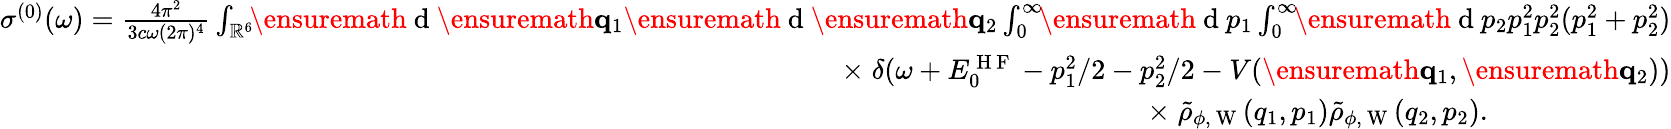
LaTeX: \begin{array}{r}{\sigma^{(0)}(\omega)=\frac{4\pi^{2}}{3c\omega(2\pi)^{4}}\int_{\mathbb{R}^{6}}\! \! \ensuremath{\mathrm{~d~}}\ensuremath{\mathbf{q}}_{1}\ensuremath{\mathrm{~d~}}\ensuremath{\mathbf{q}}_{2}\int_{0}^{\infty}\! \! \ensuremath{\mathrm{~d~}}p_{1}\int_{0}^{\infty}\! \! \ensuremath{\mathrm{~d~}}p_{2}p_{1}^{2}p_{2}^{2}(p_{1}^{2}+p_{2}^{2})}\\ {\times\; \delta(\omega+E_{0}^{\mathrm{~H~F~}}-p_{1}^{2}/2-p_{2}^{2}/2-V(\ensuremath{\mathbf{q}}_{1},\ensuremath{\mathbf{q}}_{2}))}\\ {\times\; \tilde{\rho}_{\phi,\mathrm{~W~}}(q_{1},p_{1})\tilde{\rho}_{\phi,\mathrm{~W~}}(q_{2},p_{2}).\phantom{xxxxxxxxxxx}}\end{array}